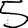
Digit: 5